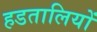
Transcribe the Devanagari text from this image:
हडतालियों